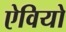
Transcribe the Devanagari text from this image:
ऐवियो